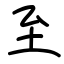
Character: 至